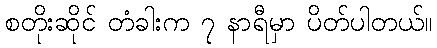
စတိုးဆိုင် တံခါးက ၇ နာရီမှာ ပိတ်ပါတယ်။